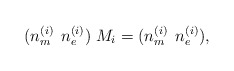
\begin{align*}(n_{m}^{(i)} \: \: n_{e}^{(i)}) \; M_{i} = (n_{m}^{(i)} \: \:n_{e}^{(i)}), \end{align*}